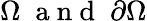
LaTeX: \Omega\; \mathrm{~a~n~d~}\; \partial\Omega